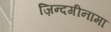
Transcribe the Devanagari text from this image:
ज़िन्दगीनामा